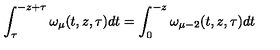
\int _ { \tau } ^ { - z + \tau } \omega _ { \mu } ( t , z , \tau ) d t = \int _ { 0 } ^ { - z } \omega _ { \mu - 2 } ( t , z , \tau ) d t